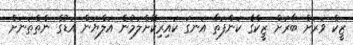
ޒީކް ވަރަށް ބާރަށް ޒީކްގެ ކަންފަތާ އަނގަ ކައިރިކޮށްލަމުން އަލްޔަން އަޑުގެ ނެތްތަނަށް